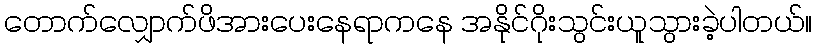
တောက်လျှောက်ဖိအားပေးနေရာကနေ အနိုင်ဂိုးသွင်းယူသွားခဲ့ပါတယ်။